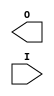

/*

FUNCTION	: KEEP dummy simulation module

*/

`timescale  100 ps / 10 ps

`celldefine

module KEEP (O, I);


    output O;

    input  I;

endmodule

`endcelldefine